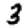
Digit: 3